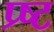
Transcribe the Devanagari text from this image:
प्र्ष्ट